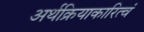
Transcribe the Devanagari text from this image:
अर्थक्रियाकारित्वं